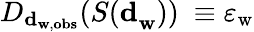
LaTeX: D_{\mathbf{d}_{\mathbf{w},\mathbf{obs}}}({S(\mathbf{d}}_{\mathbf{w}}))\ \equiv\varepsilon_{\mathrm{w}}